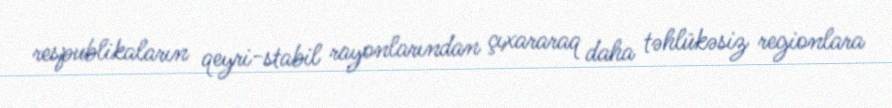
respublikaların qeyri-stabil rayonlarından çıxararaq daha təhlükəsiz regionlara